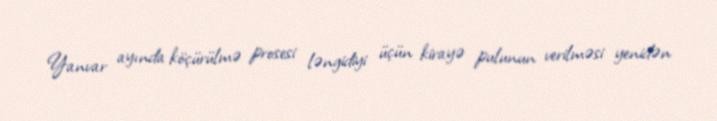
Yanvar ayında köçürülmə prosesi ləngidiyi üçün kirayə pulunun verilməsi yenidən